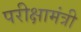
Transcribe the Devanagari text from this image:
परीक्षामंत्री